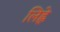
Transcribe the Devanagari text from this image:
लिह्ले